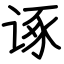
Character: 诼